Report on the cholera epidemic of
Year: 1868
Disease focus: Cholera
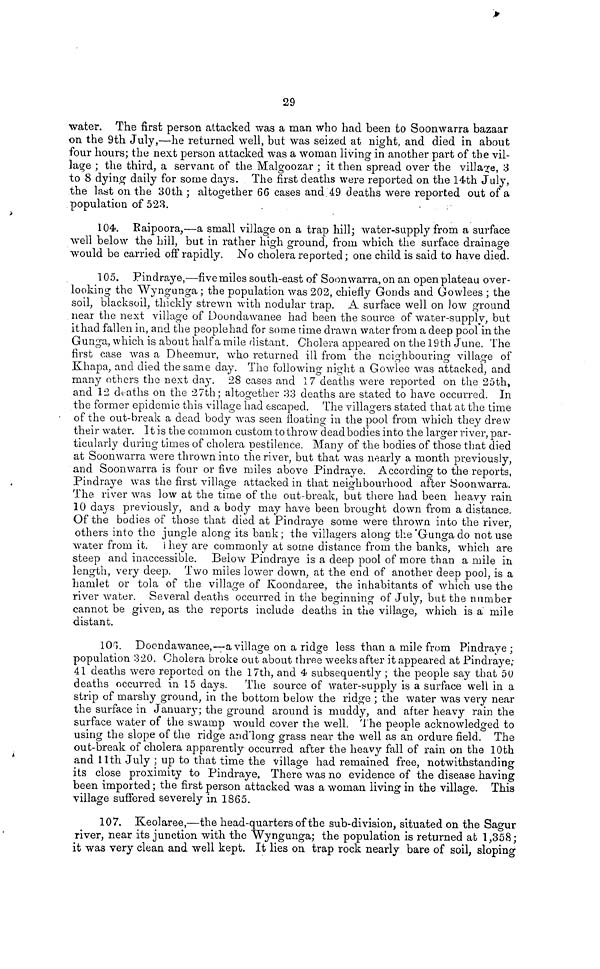
29
water. The first person attacked was a man who had been to Soonwarra bazaar
on the 9th July,—he returned well, but was seized at night, and died in about
four hours; the next person attacked was a woman living in another part of the vil-
lage ; the third, a servant of the Malgoozar ; it then spread over the village, 3
to 8 dying daily for some days. The first deaths were reported on the 14th July,
the last on the 30th ; altogether 66 cases and 49 deaths were reported out of a
population of 523.
104. Raipoora,—a small village on a trap hill; water-supply from a surface
well below the hill, but in rather high ground, from which the surface drainage
would be carried off rapidly. No cholera reported ; one child is said to have died.
105. Pindraye,—five miles south-east of Soonwarra, on an open plateau over-
looking the Wyngunga ; the population was 202, chiefly Gonds and Gowlees ; the
soil, blacksoil, thickly strewn with nodular trap. A surface well on low ground
near the next village of Doondawanee had been the source of water-supply, but
it had fallen in, and the peoplehad for some time drawn water from a deep pool in the
Gunga, which is about half a mile distant. Cholera appeared on the 19th June. The
first case was a Dheemur, who returned ill from the neighbouring village of
Khapa, and died the same day. The following night a Gowlee was attacked, and
many others the next day. 28 cases and 1 7 deaths were reported on the 25th,
and 12 deaths on the 27th ; altogether 33 deaths are stated to have occurred. In
the former epidemic this village had escaped. The villagers stated that at the time
of the out-break a dead body was seen floating in the pool from which they drew
their water. It is the common custom to throw dead bodies into the larger river, par-
ticularly during times of cholera pestilence. Many of the bodies of those that died
at Soonwarra were thrown into the river, but that was nearly a month previously,
and Soonwarra is four or five miles above Pindraye. According to the reports,
Pindraye was the first village attacked in that neighbourhood after Soonwarra.
The river was low at the time of the out-break, but there had been heavy rain
10 days previously, and a body may have been brought down from a distance.
Of the bodies of those that died at Pindraye some were thrown into the river,
others into the jungle along its bank; the villagers along the Gunga do not use
water from it. They are commonly at some distance from the banks, which are
steep and inaccessible. Below Pindraye is a deep pool of more than a mile in
length, very deep. Two miles lower down, at the end of another deep pool, is a
hamlet or tola of the village of Koondaree, the inhabitants of which use the
river water. Several deaths occurred in the beginning of July, but the number
cannot be given, as the reports include deaths in the village, which is a mile
distant.
100. Doondawanee,—avillane on a ridge less than a mile from Pindraye ;
population 320. Cholera broke out about three weeks after it appeared at Pindraye;
41 deaths were reported on the 17th, and 4 subsequently ; the people say that 50
deaths occurred in 15 days. The source of water-supply is a surface well in a
strip of marshy ground, in the bottom below the ridge ; the water was very near
the surface in January; the ground around is muddy, and after heavy rain the
surface water of the swamp would cover the well. The people acknowledged to
using the slope of the ridge and long grass near the well as an ordure field. The
out-break of cholera apparently occurred after the heavy fall of rain on the 10th
and llth July ; up to that time the village had remained free, notwithstanding
its close proximity to Pindraye. There was no evidence of the disease having
been imported ; the first person attacked was a woman living in the village. This
village suffered severely in 1865.
107. Keolaree,—the head-quarters of the sub-division, situated on the Sagur
river, near its junction with the Wyngunga; the population is returned at 1,358;
it was very clean and well kept. It lies on trap rock nearly bare of soil, sloping